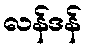
လန်ဒန်